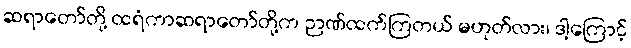
ဆရာတော်တို့ ထရံကာဆရာတော်တို့က ဉာဏ်ထက်ကြတယ် မဟုတ်လား၊ ဒါ့ကြောင့်